Bréfritari: Sigríður Pálsdóttir
Viðtakandi: Páll Pálsson
Dagsetning: A-1842-11-19
Skrifað á: Síðumúla  Mýr.
Páll var bróðir Sigríðar

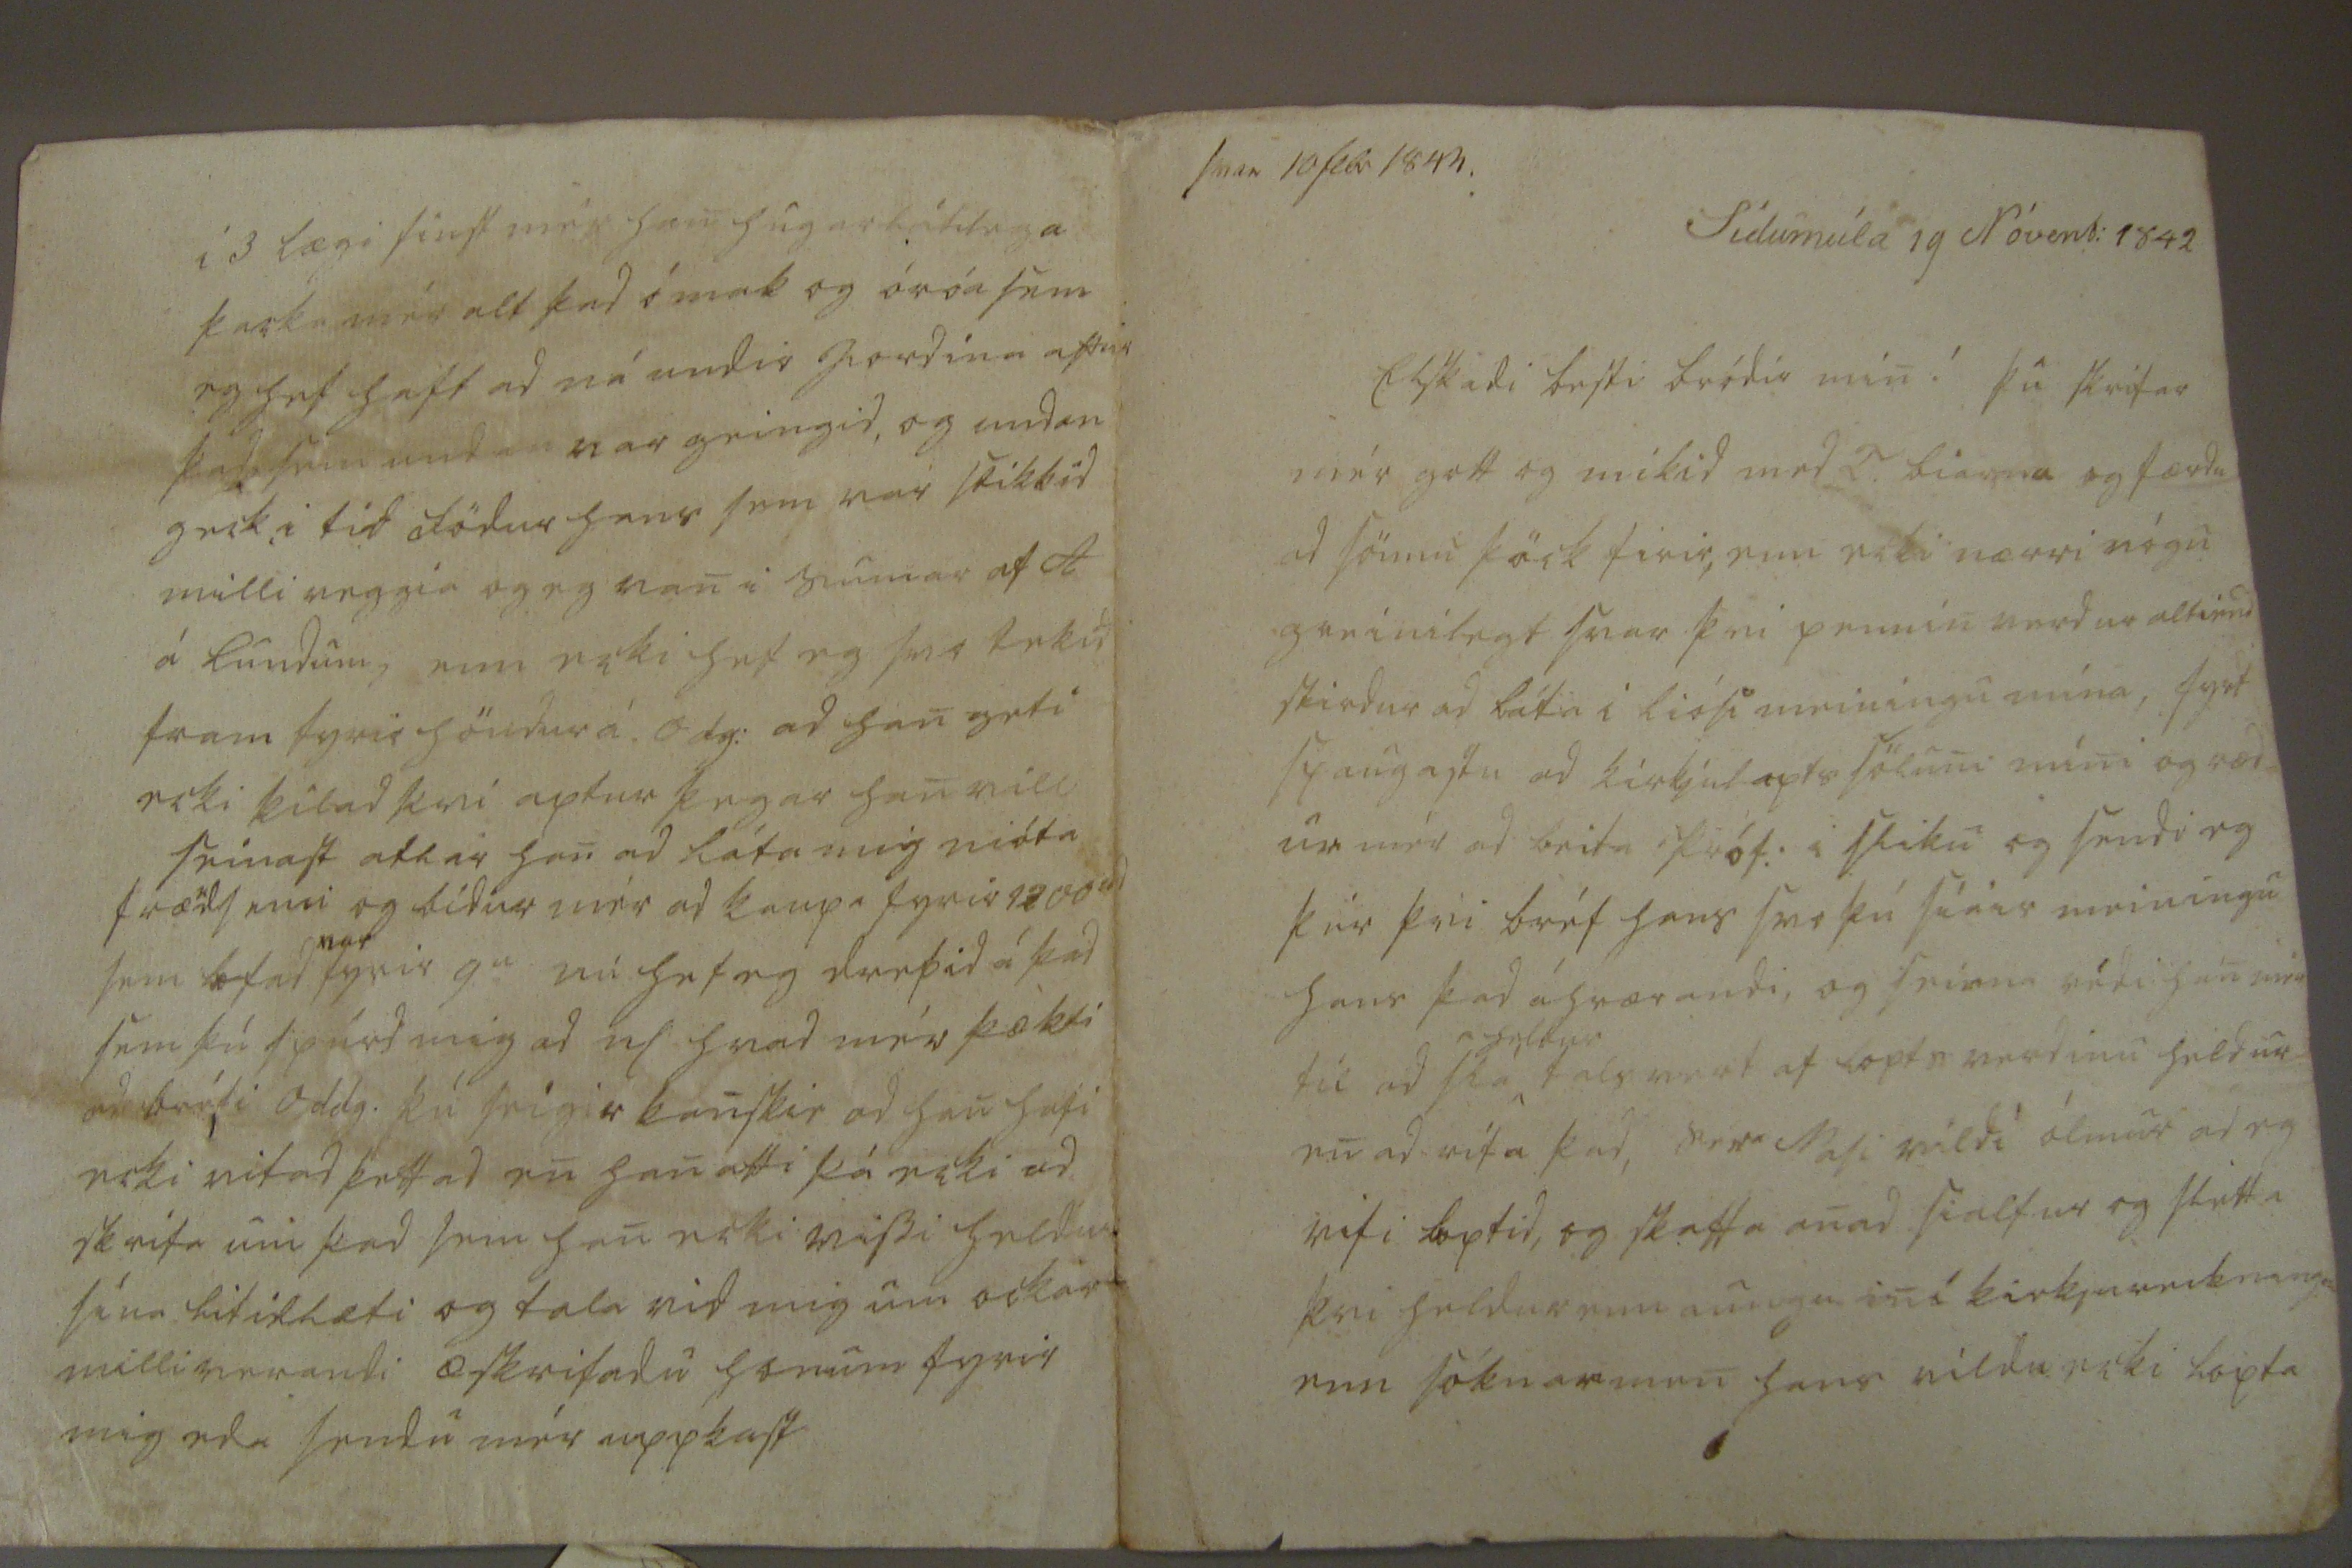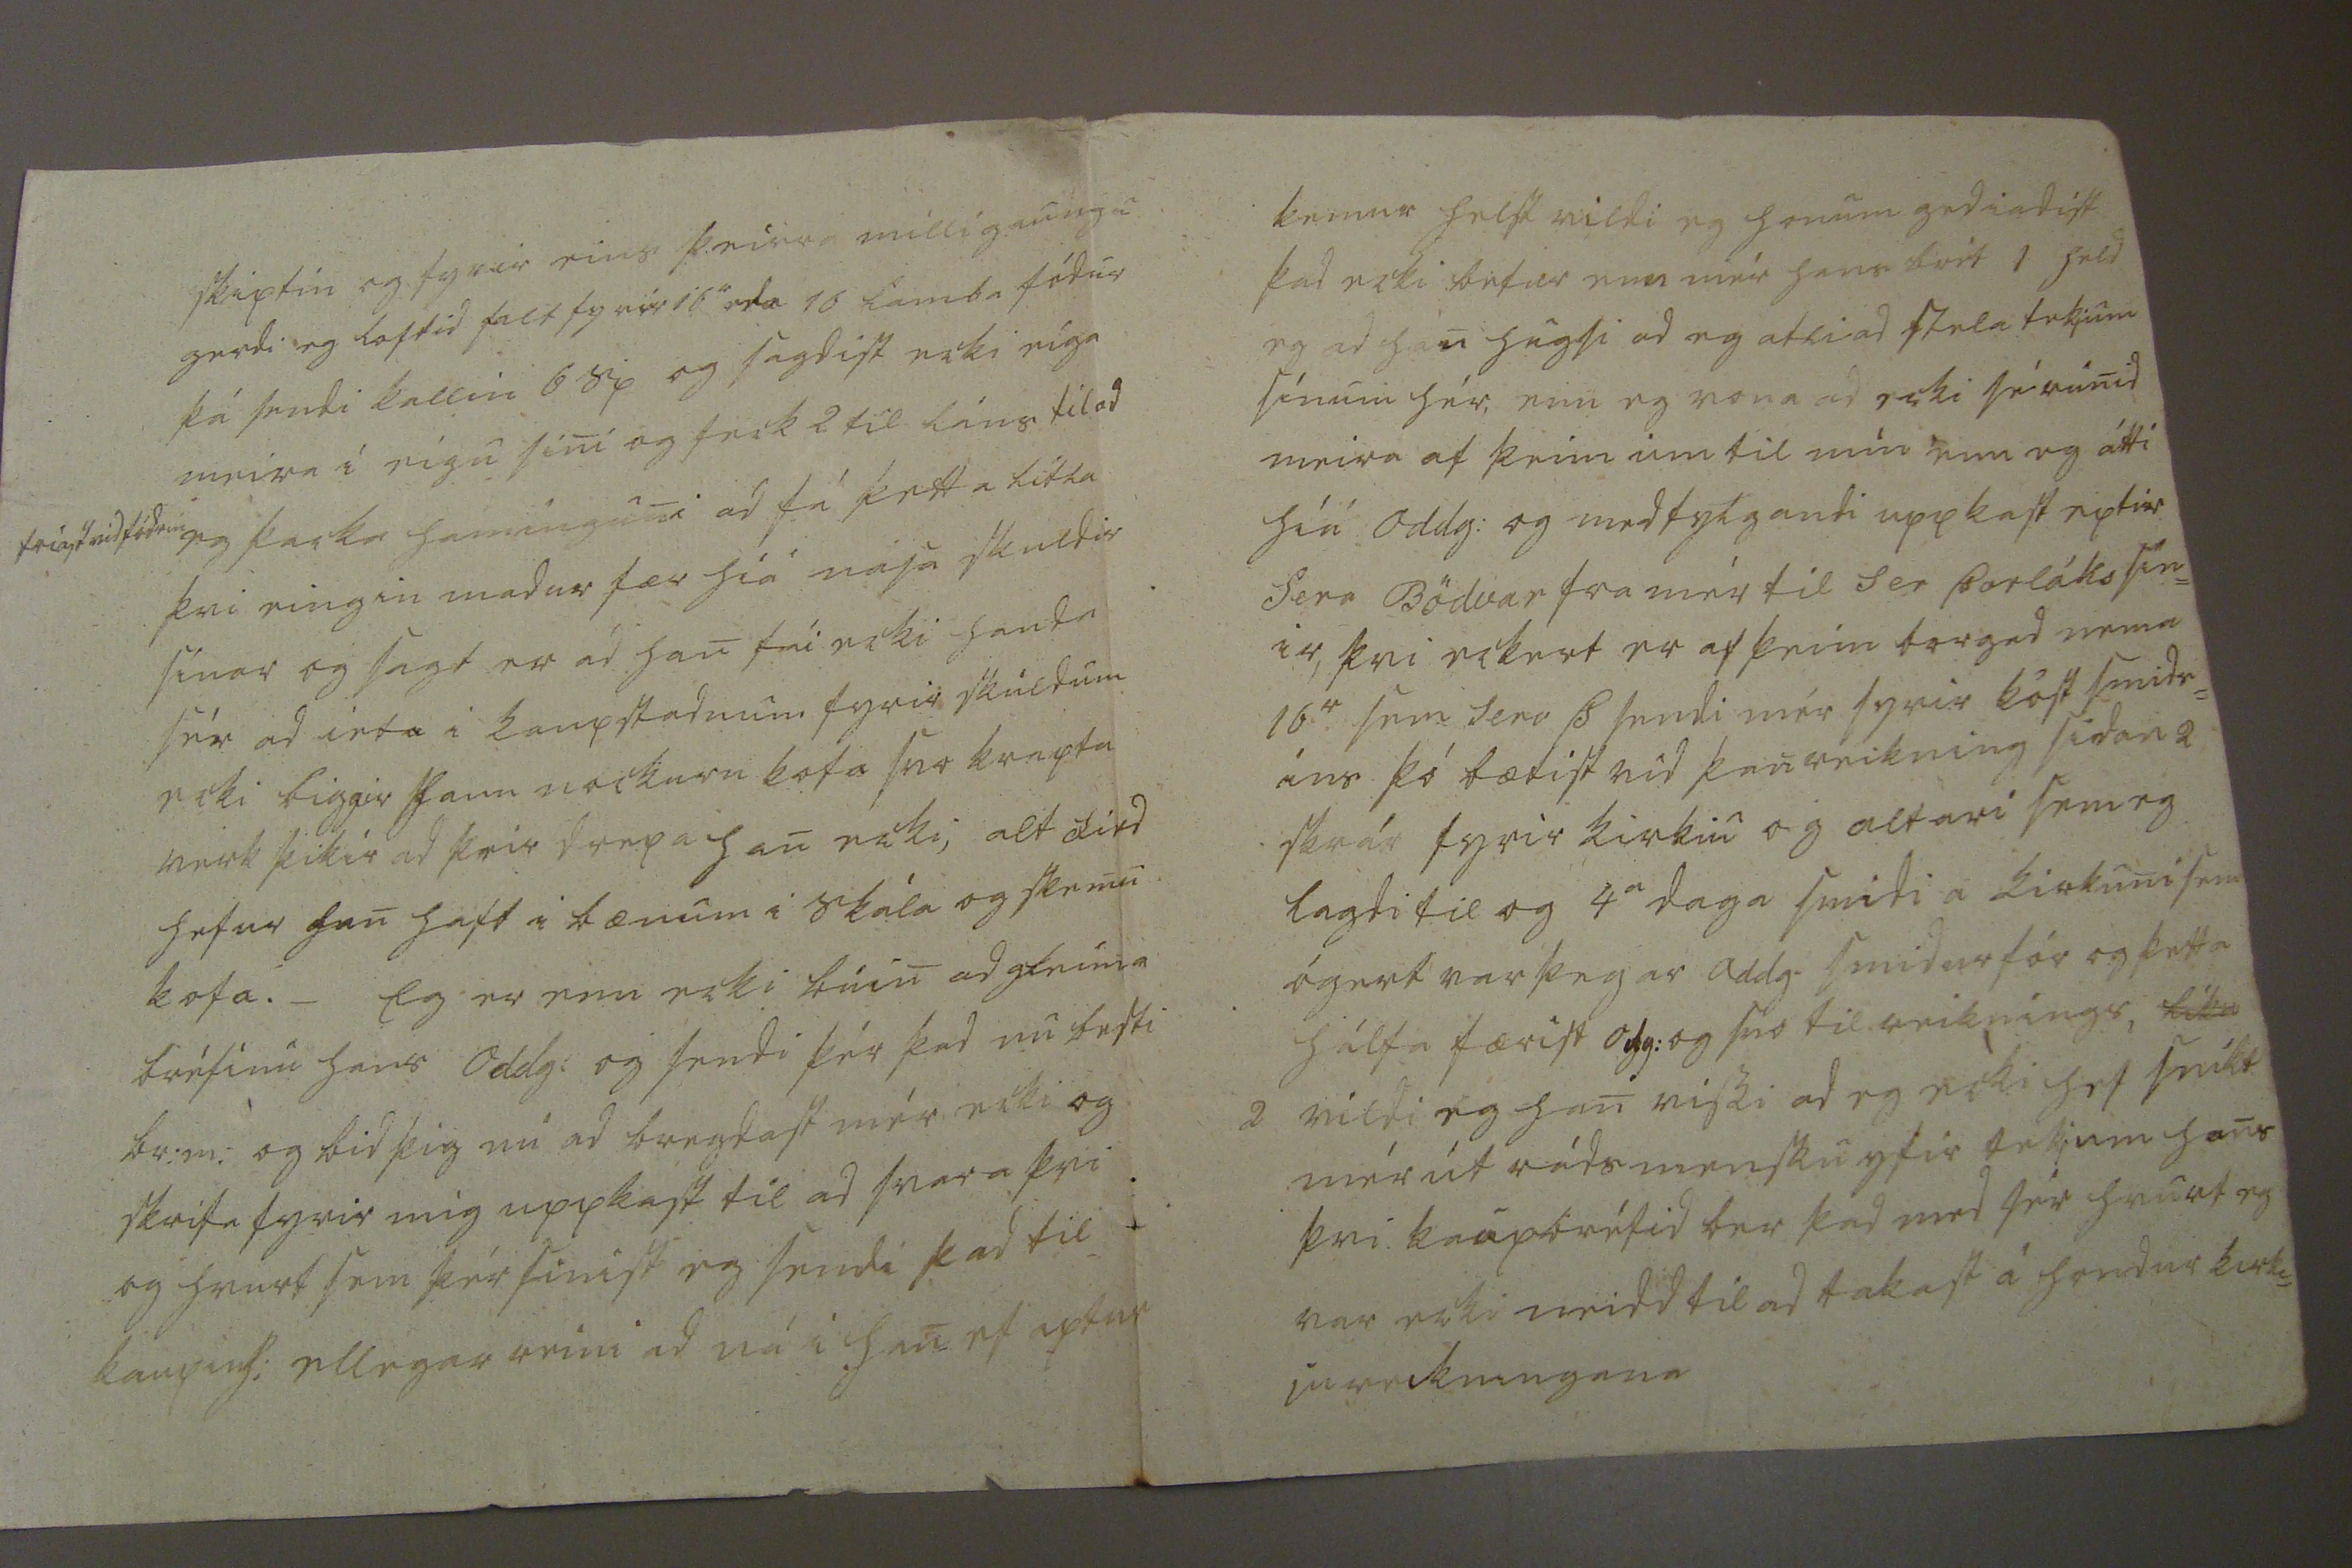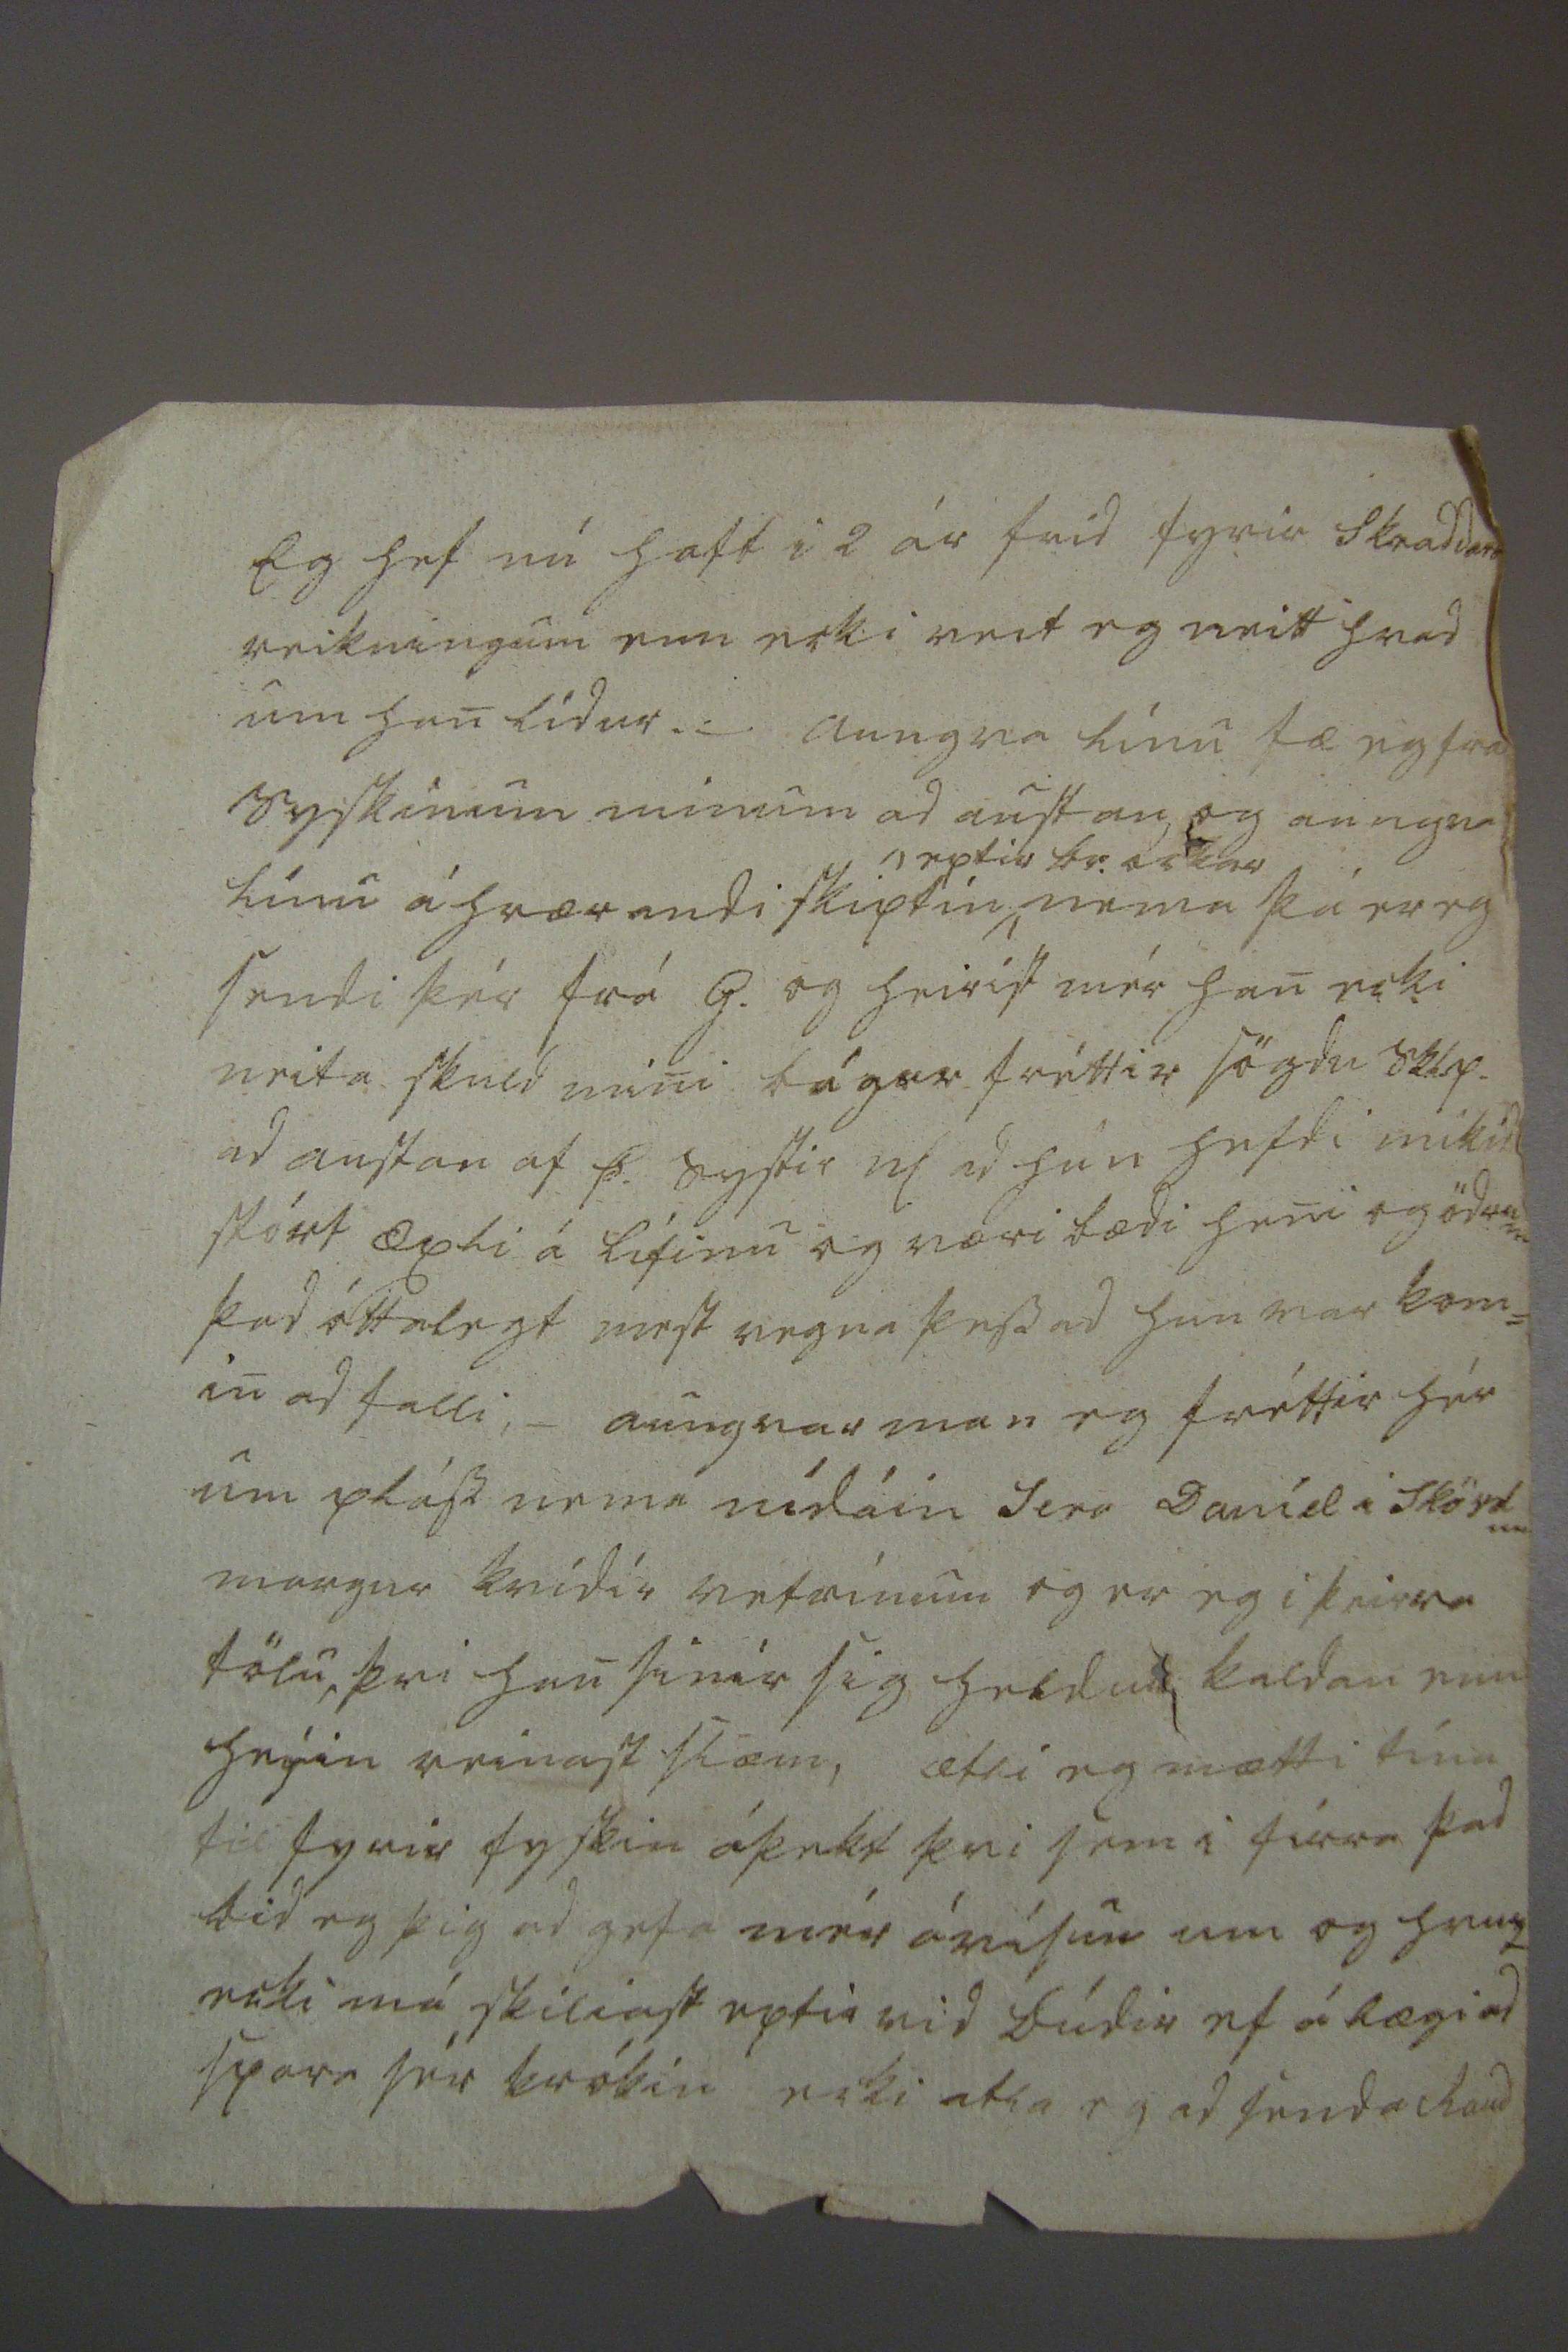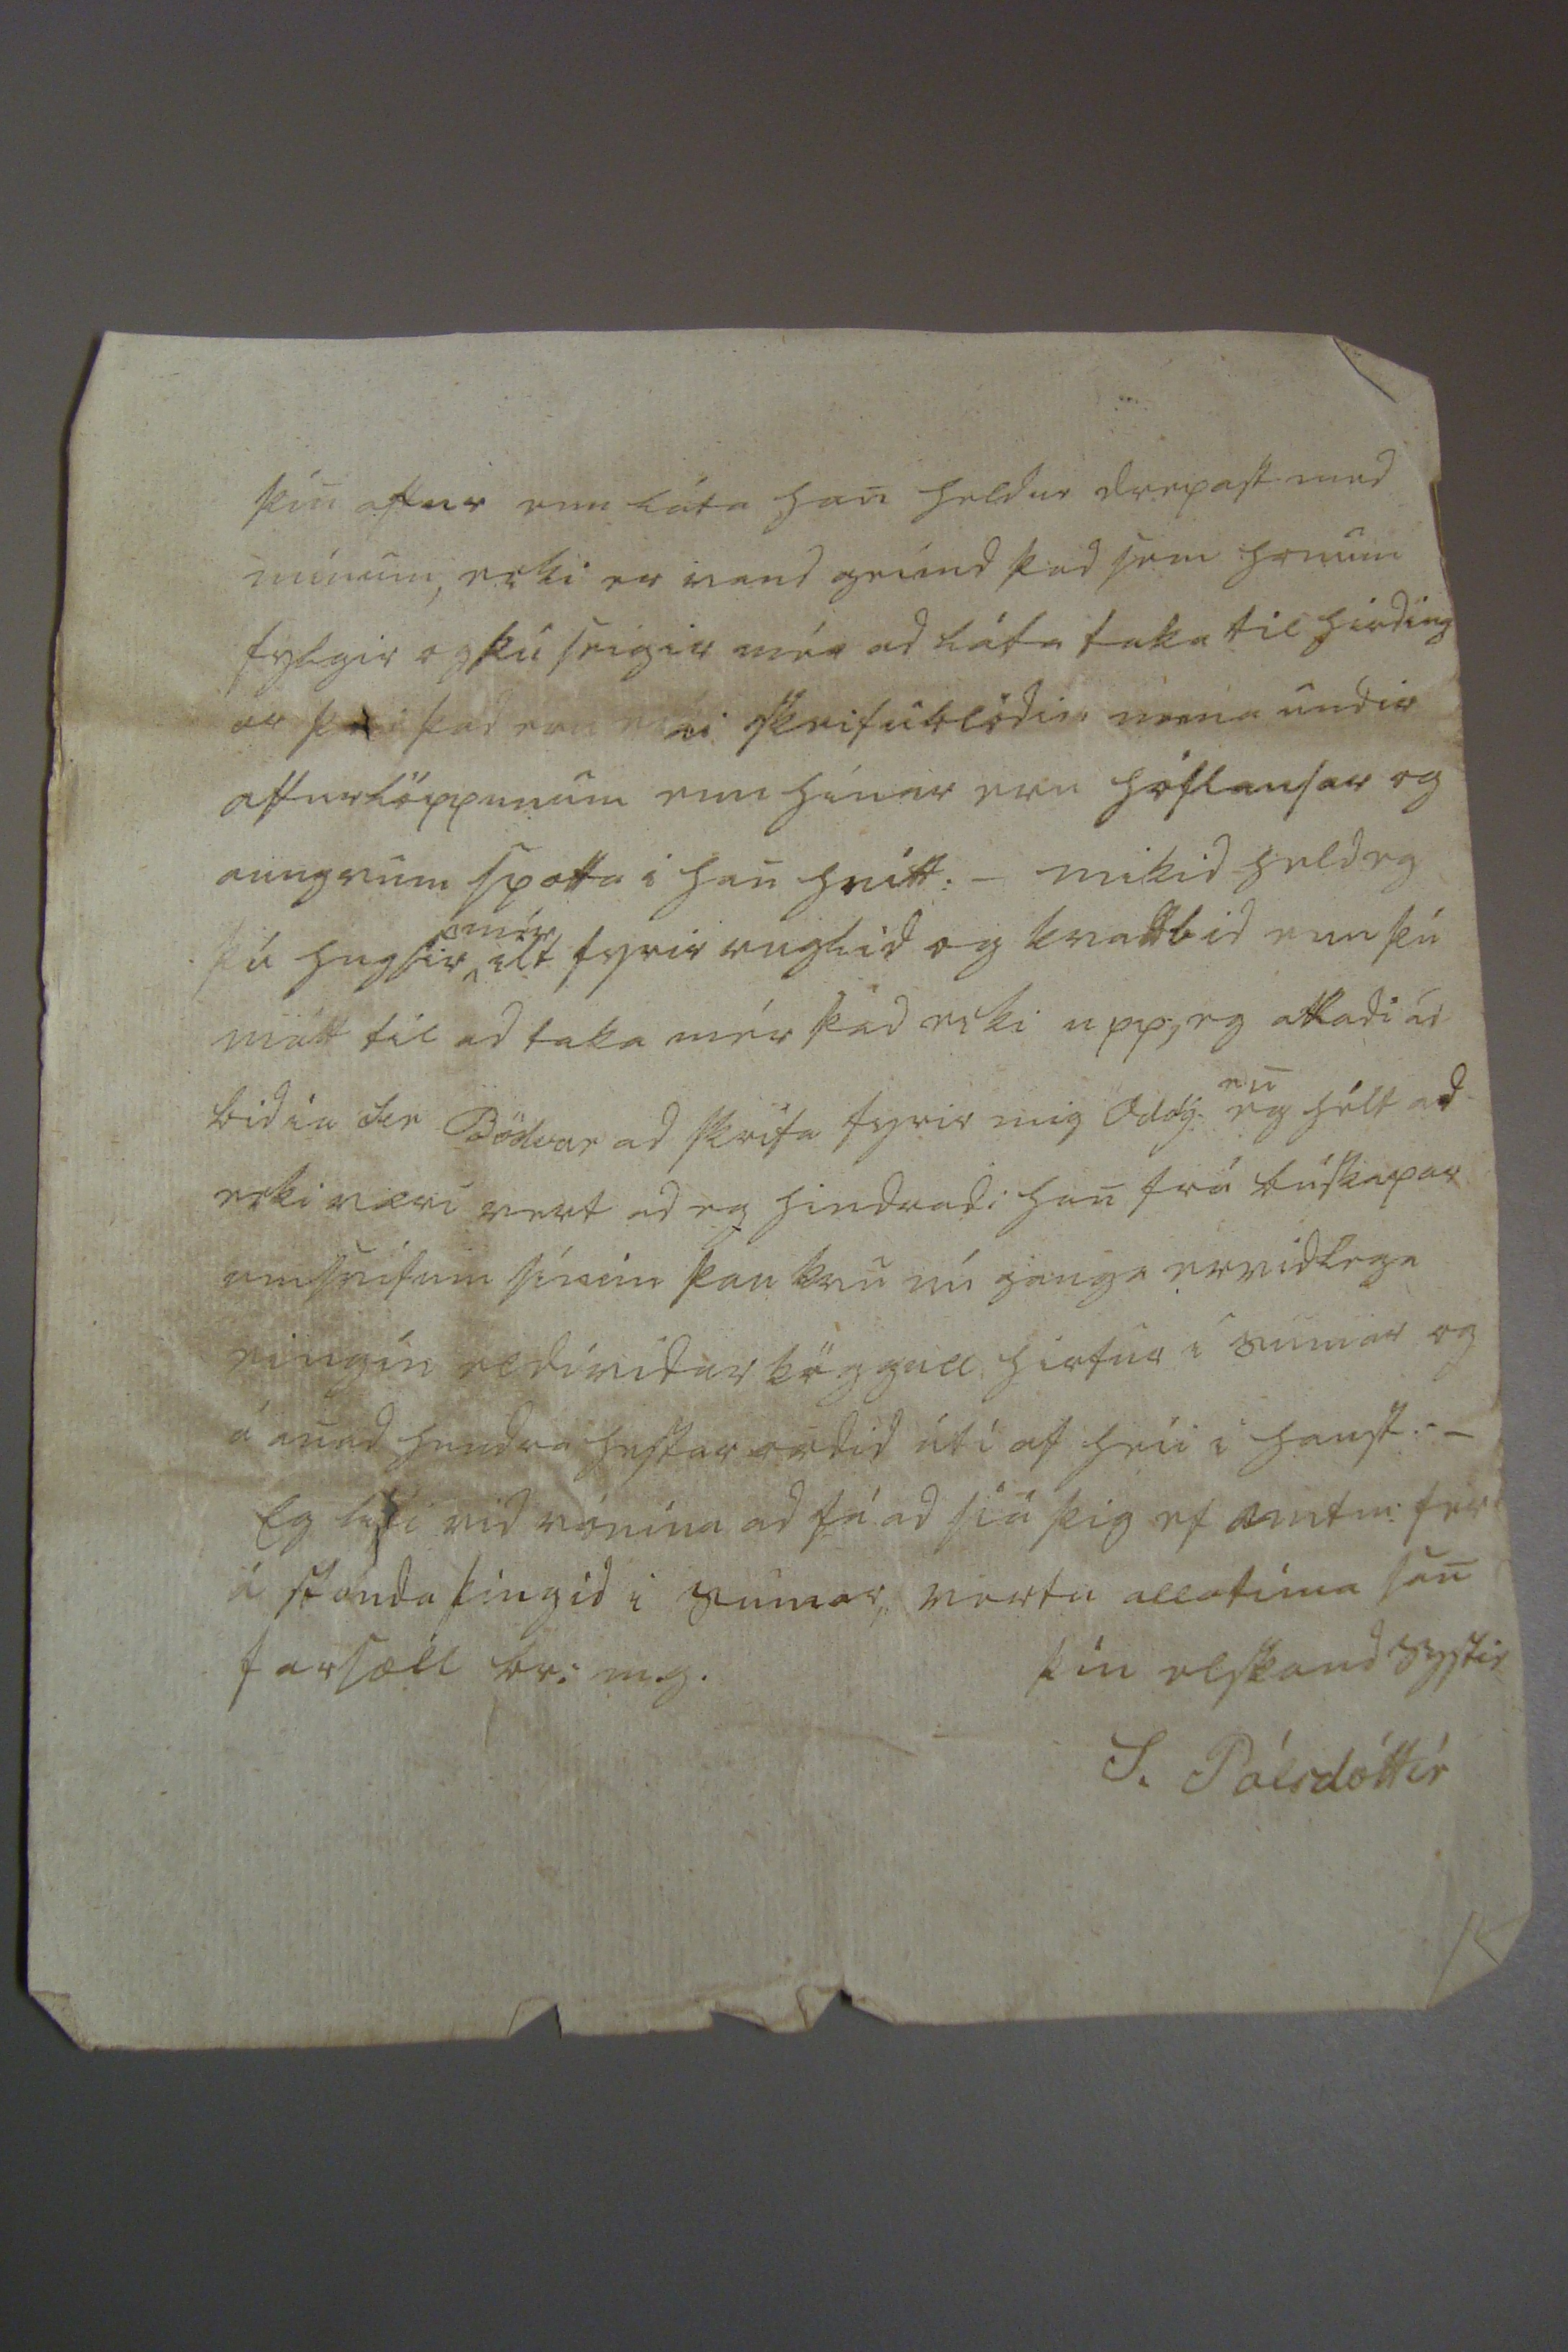

svar 10 febr 1842. Sídumúla 19 Nóvenb: 1842
Elskadi besti bródir min! þú skrifar mér gott og mikid med T. biarna og færdu ad sömu þöck firir, enn ecki nærri nógu greinilegt svar þvi pennin verdur altiend
stirdur
ad láta i liósi meiningu mína, fyrt spaugastu ad kirkjulopts söluni mini og ræd= ur mér ad beita próf: i sliku og sendi eg þér þvi bréf hans svo þú siáir meiningu hans þad áhrærandi, og seirna rédi han mér til ad slá
heldur
talsvert af loptsverdinu heldur en ad rifa þad, Sera Nasi vildi ólmur ad eg rifi loptid, og skaffa anad sialfur og sletta þvi heldur enn aungu in í kirkjureikninga enn sóknarmen hans vildu ecki lopta
skiptin og fyrir eins þeirra milligaungu gerdi eg loftid falt fyrir 16
u
eda 16 lamba fódur þá sendi kallin 6 sp og sagdist ecki eiga meira i eign sini og feck 2 til láns til ad
tr
iast vid fódrin
eg þacka haminguni ad fá þetta litla þvi eingin madur fær hiá nasa skuldir sínar og sagt er ad han fái ecki handa sér ad ieta i kaupstadnum fyrir skuldum ecki biggir hann nockurn kofa svo krapta verk þikir ad þeir drepa han ecki, alt fied hefur han haft i bænum i skála og skemu kofa._ Eg er enn ecki búin ad gleima bréfinu hans Oddg: og sendi þér þad nu besti br:m: og bid þig nú ad bregdast mér ecki og skrifa fyrir mig uppkast til ad svara þvi og hvurt sem þér sinist eg sendi þad til kaupins: ellegar reini ad ná i han ef aptur
kemur helst vildi eg honum gediadist þad ecki betur enn mér hans bréf 1 held eg ad han hugsi ad eg atli ad stela tekjum sínum hér, enn eg vona ad ecki sé runid meira af þeim um til mín enn eg átti hiá Oddg: og medfylgandi uppkast eptir Sera Bödvar fra mér til Ser Þorláks sín= ir, þvi eckert er af þeim borgad nema 16r sem Sera Þ sendi mér fyrir kost smids= ins þó bædist vi þan reikning sídan 2 skrár fyrir kirkiu og altari sem eg lagdi til 4
a
daga smidi a kirkuni sem ógert var þegar Oddg smidur fór og þetta hálfa færist Odg: og svo til reiknings,
líka
2 vildi eg han vissi ad eg ecki hef sníkt mér út rádsmensku yfir tekjum hans þvi kaupbréfid ber þad med sér hvurt eg var ecki neidd til ad takast á hendur kirk= ju reikningana
i 3 lægi finst mér han hugar lítilega þacka mér alt þad ómak og óróa sem eg hef haft ad ná undir Jordina aftur þad sem undan var geingid, og undan geck, i tíd födur hans sem var stikkid milli veggia og eg van i sumar af A á lundum, enn ecki hef eg svo tekid fram fyrir höndur á Odg: ad han geti ecki skilad þvi aptur þegar han vill seinast atlar han ad láta mig nióta fræ
d
semi og bídur mér ad kaupa fyrir 1200
rd
sem lofad
var
fyrir 9
u
nú hef eg drepid á þad sem þú spúrd mig ad
ns
hvad mér þækti ad bréfi Oddg. þú seigir kanskie ad han hafi ecki vitad þettad en han atti þá ecki ad skrifa um þad sem han ecki vissi heldur sína litillæti og tala vid mig um ockar milliverandi Æ skrifadu honum fyrir mig eda sendu mér uppkast
Eg hef nú haft i 2 ár frid fyrir Skradd
ara
reikningum enn ecki veit eg neitt hvad um han lídur._ aungva línu fæ eg fra syskinum minum ad austan, og aungva línu áhrærandi skiptin
eptir br. ockar
nema þá er eg sendi þér frá G. og heirist mér han ecki neita skuld mini bágar fréttir sögdu S
kl0p_
ad austan af Þ. systir ef ad hún hefdi mikid stórt æxli á lífinu og væri bædi heni og ödrum þad óttalegt mest vegna þess ad hún var kom= in ad falli, _ aungvar man eg fréttir hér um pláss nema nídáin Sera Daníel i Skördum margur kvídir vetrinum og er eg i þeirra tölu, þvi han sínir sig heldur kaldan enn heýin reinast slæm, ætli eg mætti tína til fyrir fyskin áþekt þvi sem i firra þad bid eg þig ad gefa mér ávísur um og hvurt ecki má skiliast eptir vid búdir ef á lægi ad spara sér krókin ecki atla eg ad senda Raud
þin aftur enn láta han heldur drepast med mínum, ecki er vand greind þad sem honum fylgir og þú seigir mér ad láta taka til hirding ar
þvi
þad eru ecki skrifublödin nema undir afturlöppunum enn hinir eru hóflausar og aungvum spotta i han hnitt:_ mikid held eg þú hugsir
mér
ilt fyrir ruglid og kvabbid enn þú mátt til ad taka mér þad ecki upp, eg atladi ad bidia Ser Bödvar ad skrifa fyrir mig Oddg.
en
eg hélt ad ecki væri vert ad eg hindradi han frá búskapar umsnifum sínum þau kan nú ganga ervidlega eingín eldividar köggull
hiefur
i sumar og á anad hundra hestar ordid úti af heíi i haust._ Eg lifi vid vonina ad fá ad siá þig ef amtm: fer á
standa
þingid i sumar, vertu allatíma san farsæll br: m.g.
þín elskand systir
S. Pálsdóttir